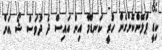
ކިޑީ ޕްލޭންކޮށްގެން ހުރީ ކަނޑޫމާ އިން އައިސް ދެ ދުވަސް ޝޯ އަށް